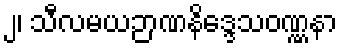
၂၊ သီလမယဉာဏနိဒ္ဒေသဝဏ္ဏနာ